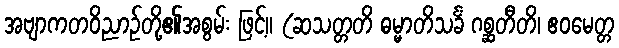
အဗျာကတဝိညာဉ်တို့၏အစွမ်း ဖြင့်။ (ဆသတ္တတိ ဓမ္မာတိသင်္ခံ ဂစ္ဆတီတိ၊ ဧဝမေတ္တ